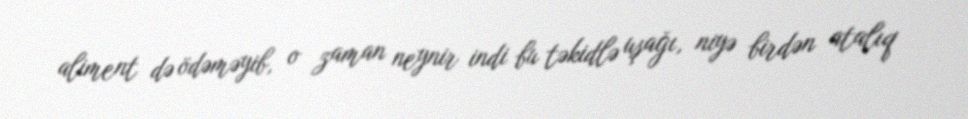
aliment də ödəməyib, o zaman neynir indi bu təkidlə uşağı, niyə birdən atalıq